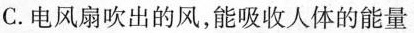
C.电风扇吹出的风，能吸收人体的能量